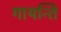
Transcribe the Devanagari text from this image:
गायन्ति